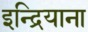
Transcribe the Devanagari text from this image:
इन्द्रियाना